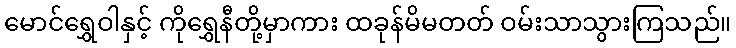
မောင်ရွှေဝါနှင့် ကိုရွှေနီတို့မှာကား ထခုန်မိမတတ် ဝမ်းသာသွားကြသည်။